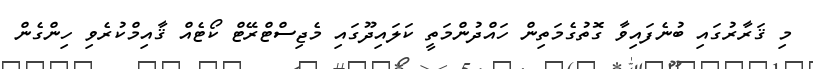
މި ޤަރާރުގައި ބުނެފައިވާ ގޮތުގެމަތިން ހައްދުންމަތީ ކަލައިދޫގައި މެޖިސްޓްރޭޓް ކޯޓެއް ޤާއިމްކުރެވި ހިންގެން